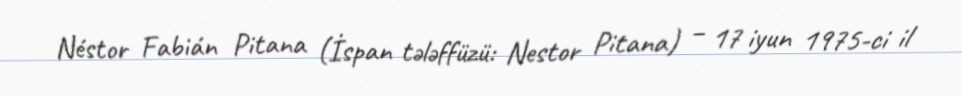
Néstor Fabián Pitana (İspan tələffüzü: Nestor Pitana) – 17 iyun 1975-ci il